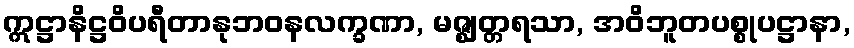
ဣဋ္ဌာနိဋ္ဌဝိပရီတာနုဘဝနလက္ခဏာ, မဇ္ဈတ္တရသာ, အဝိဘူတပစ္စုပဋ္ဌာနာ,